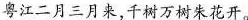
粤江二月三月来，千树万树朱花开。